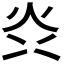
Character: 𭴑